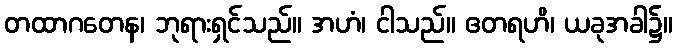
တထာဂတေန၊ ဘုရားရှင်သည်။ အဟံ၊ ငါသည်။ ဧတရဟိ၊ ယခုအခါ၌။